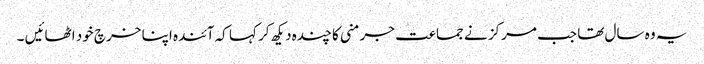
یہ وہ سال تھا جب مرکز نے جماعت جرمنی کا چندہ دیکھ کر کہا کہ آئندہ اپنا خرچ خود اٹھائیں ۔